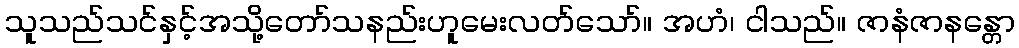
သူသည်သင်နှင့်အသို့တော်သနည်းဟူမေးလတ်သော်။ အဟံ၊ ငါသည်။ ဇာနံဇာနန္တော